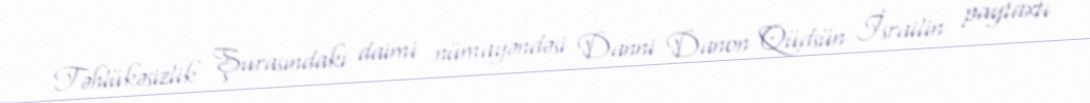
Təhlükəsizlik Şurasındakı daimi nümayəndəsi Danni Danon Qüdsün İsrailin paytaxtı